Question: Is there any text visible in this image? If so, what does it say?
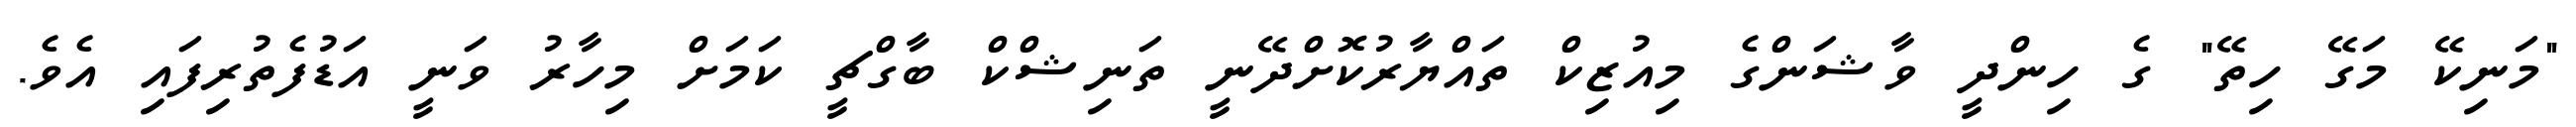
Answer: "މަނިކޭ މަގޭ ހިތޭ" ގެ ހިންދީ ވާޝަންގެ މިއުޒިކް ތައްޔާރުކޮށްދޭނީ ތަނިޝްކް ބާގްޗީ ކަމަށް މިހާރު ވަނީ އަޑުފެތުރިފައި އެވެ.